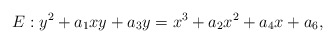
\begin{align*}E: y^2+a_1xy+a_3y=x^3+a_2x^2+a_4x+a_6,\end{align*}